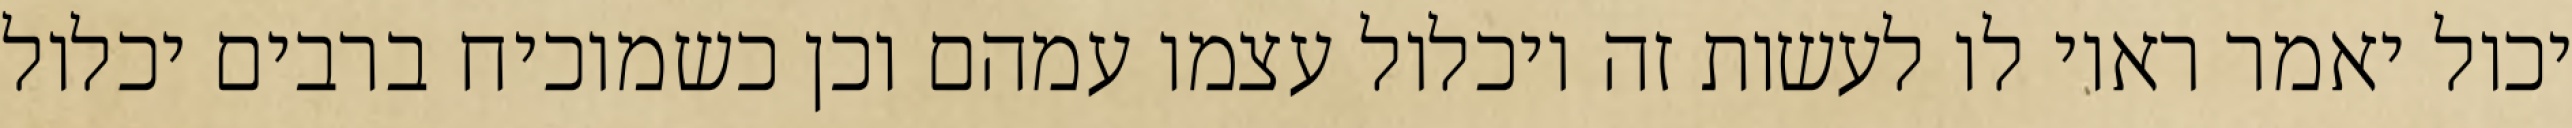
יכול יאמר ראוי לו לעשות זה ויכלול עצמו עמהם וכן כשמוכיח ברבים יכלול